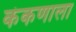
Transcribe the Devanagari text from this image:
कंकणाला